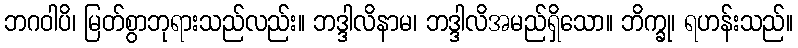
ဘဂဝါပိ၊ မြတ်စွာဘုရားသည်လည်း။ ဘဒ္ဒါလိနာမ၊ ဘဒ္ဒါလိအမည်ရှိသော။ ဘိက္ခု၊ ရဟန်းသည်။